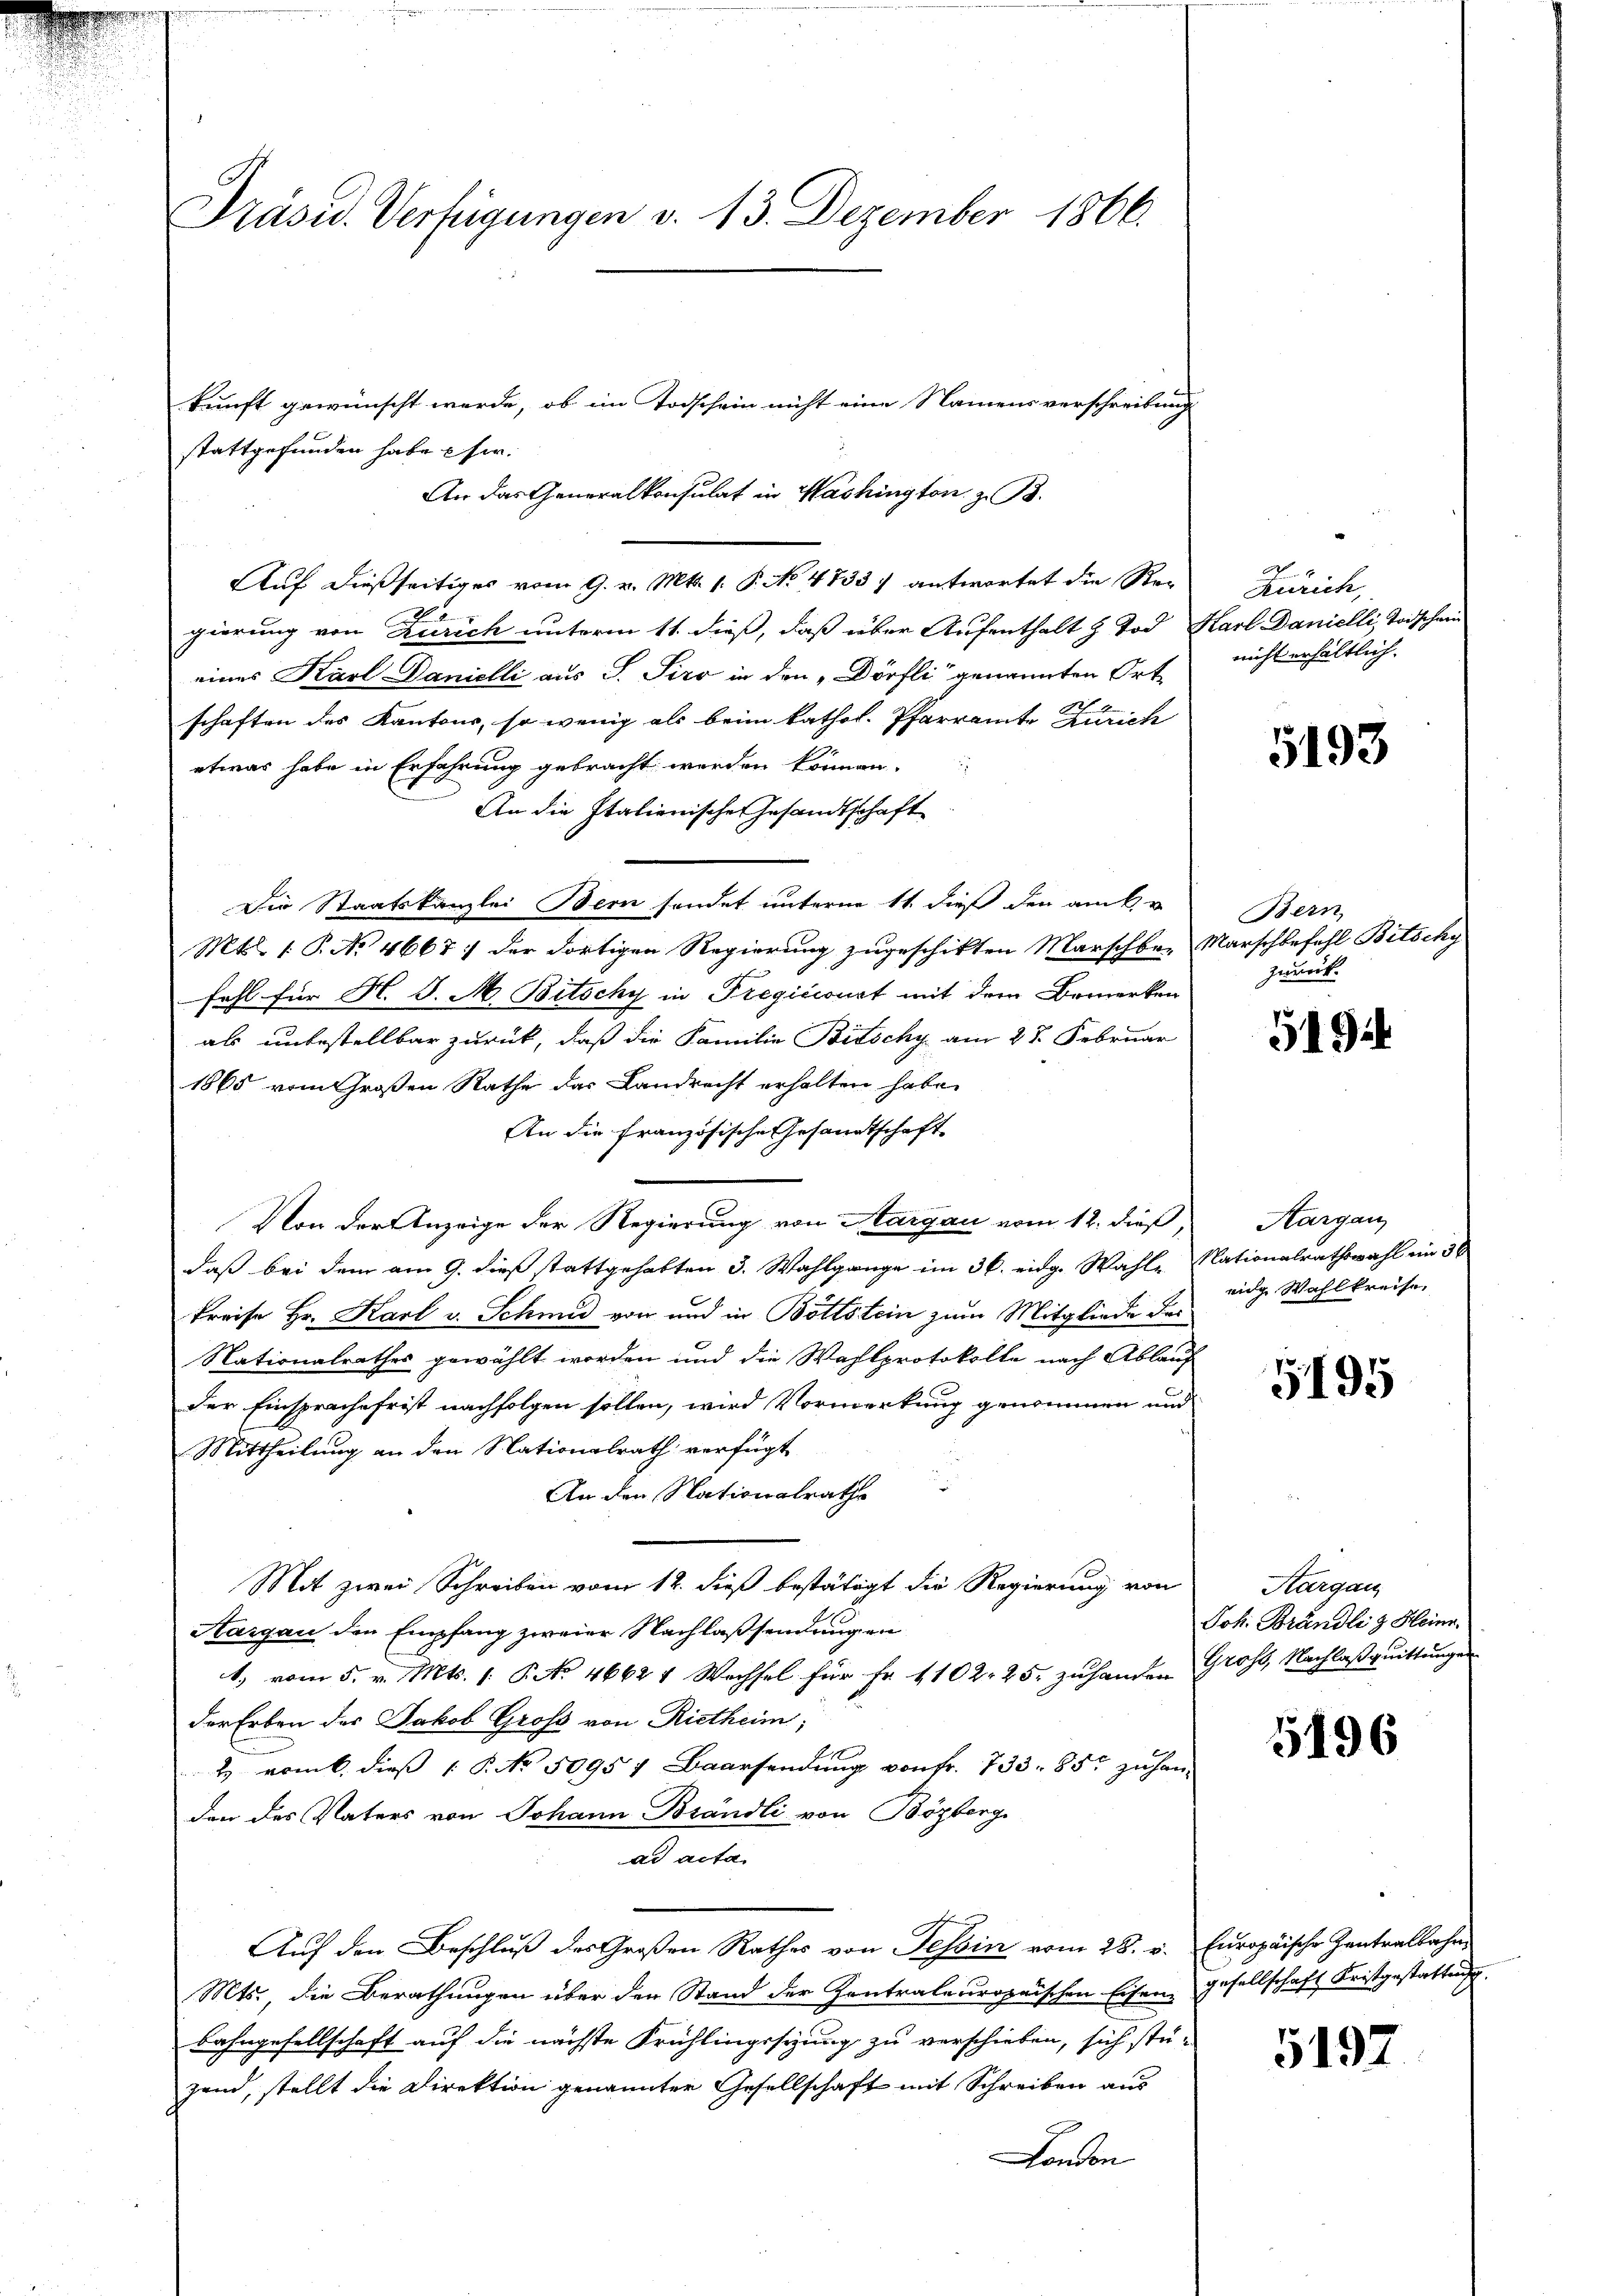
Präsid. Verfügungen v. 13. Dezember 1866.

kunft gewünscht werde, ob im Todschein nicht eine Namens verschreibung
stattgefunden habe her.
An das Generalkonsulat in Washington z. B.
Auf dießseitiges vom 9. v. Mts. 1. P. No 4733. antwortet die Re¬

gierung von Zürich unterm 11. dieß, daß über Aufenthalt & Tod. Karl Danielli, Todschein
eines Karl Danielli aus S. Tiro in den „Dörfli genannten Orte
.
schaften des Kantons, so wenig als beim kathol. Pfarramte Zürich
etwas habe in Erfahrung gebracht werden können.
2
An die Italienische Gesandtschaft
Die Staatskanzlei Bern sondet unterne 11. dieß den ank, v
Mtl. 1 P. No 4667 : der dortigen Regierung zugeschikten Marschbar
fahl für H. J. A. Bitschy in Pregićiourt mit dem Bemerken
als unbestellbar zurück, daß die Familie Bitschy am 28. Februar
1865 vom Großen Rathe das Landrecht erhalten habe.
An die französische Gesandtschaft
Von der Anzeige der Regierung von Margau vom 12. dieß,
daß bei dem am 9. dieß stattgehabten 3. Wahlgange im 36. eidg. Wahle Nationalrathswahl im 30
kreise Hr. Karl v. Schmid von und in Böttstein zum Mitgliede der
Nationalrathes gewählt worden und die Wahlprotokolle nach Ablauf
der Einsprache frist nachfolgen sollen, wird Vormerkung genommen und
Mittheilung an den Nationalrath verfügt
An den Nationalrathe
Mit zwei Schreiben vom 12. dieß bestätigt die Regierung von
Aargau den Empfang zweier Nachlassendungen
1, vom 5. v. Mts. 1. P. No 46624 Wechsel für Fr. 1102. 25. zu handen
der Erben der Jakob Groß von Rietheim;
2 vom 6. dieß P. No 5095 1 Baarsendung von Fr. 733. 85. zu handen des Vaters von Johann Brändli von Bözberg
ad acta.
Auf den Beschluß des Großen Rathes von Tessin vom 28. v. Europäische Zentralbahre
Mts., die Berathungen über den Stand der Zentraleuropaischen Eisen gesellschaft Fristgestattung
Bahngesellschaft auf die nächste Frühlingssitzung zu verschieben, sich stü-
gand, stellt die Direktion genannter Gesellschaft mit Schreiben aus
London

Zürich,
nicht erhältlich.

5193

Bern,
Marschbefehl Bitschy
zurück.

5194

Aargau
eidg. Wahlkreise,

5195

Aargau
Joh. Brändli & Heinr
Gross, Nachlaßquittungen

5196

5197